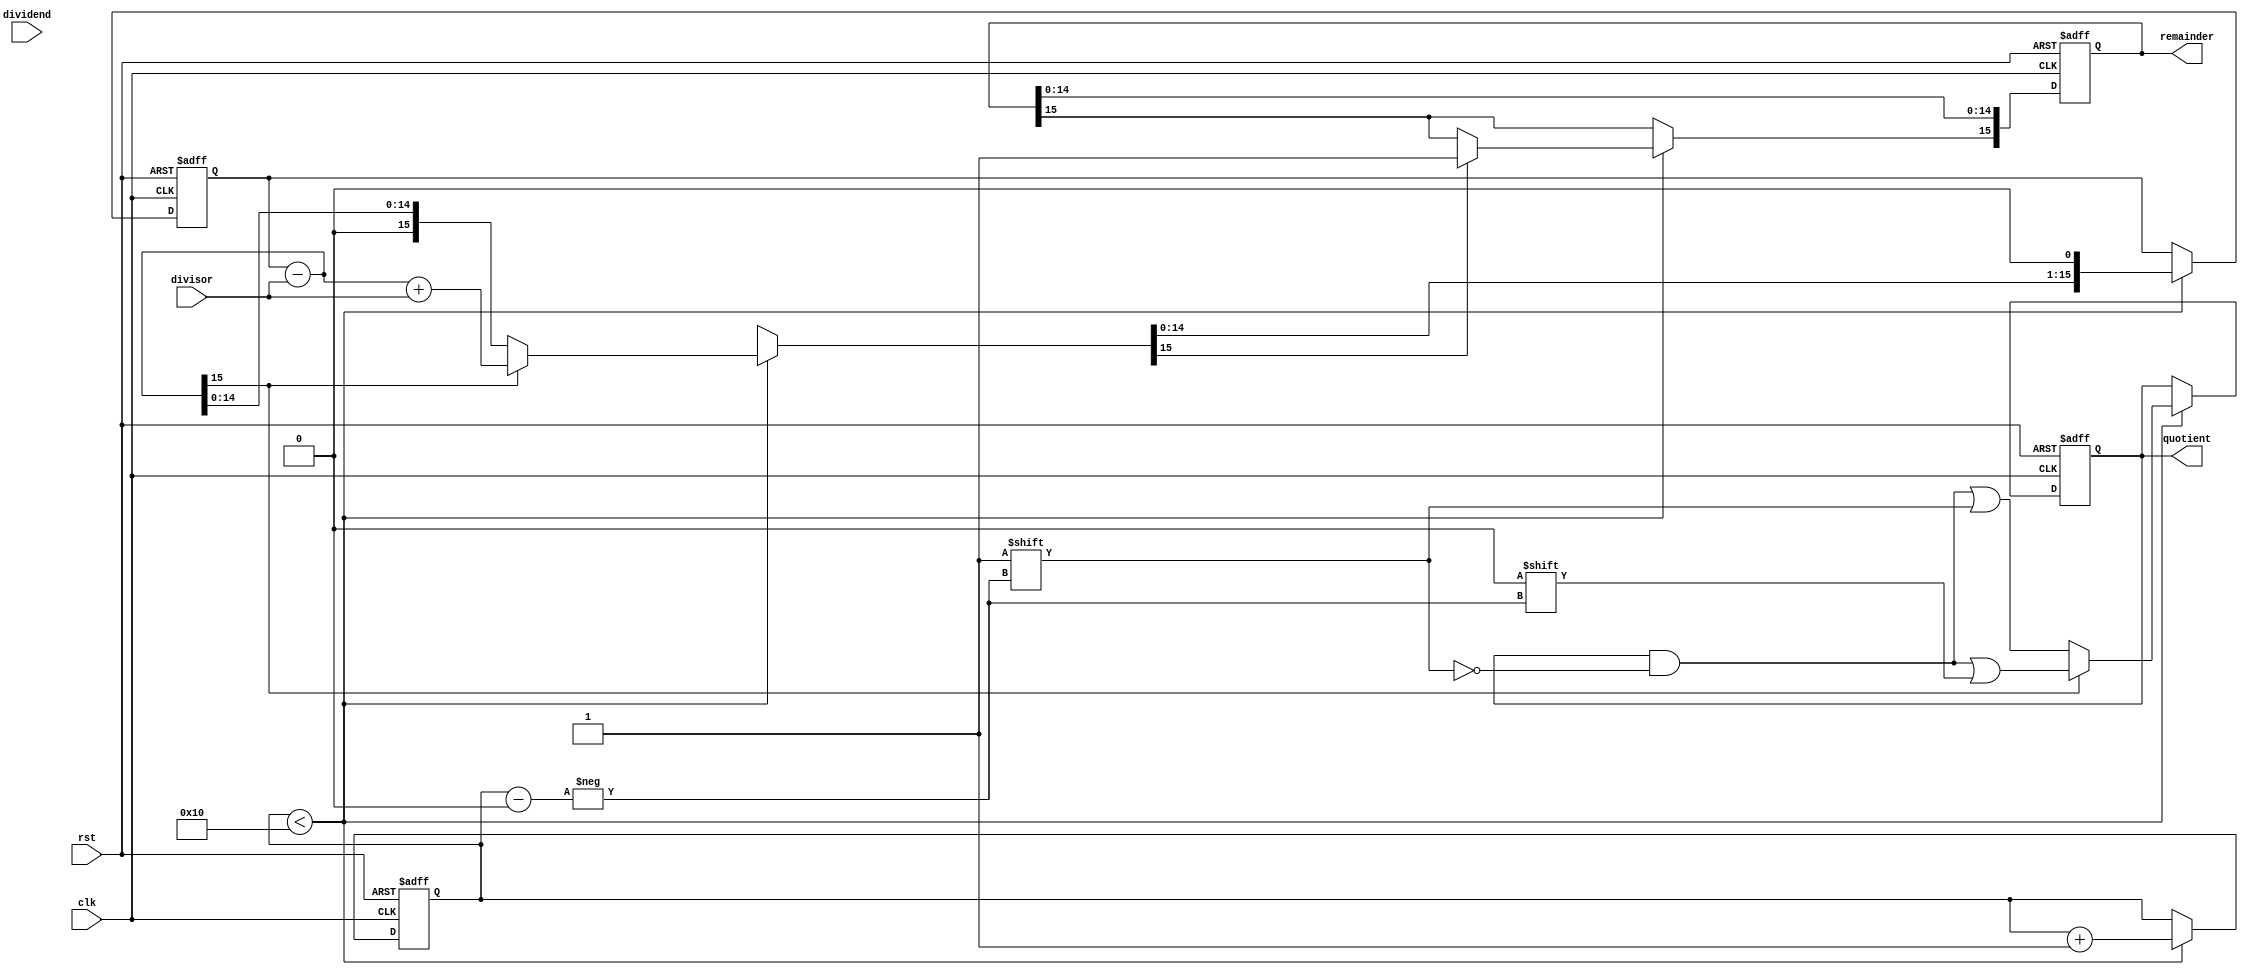
module non_restoring_divider(
  input wire clk,
  input wire rst,
  input wire [15:0] dividend,
  input wire [15:0] divisor,
  output reg [15:0] quotient,
  output reg [15:0] remainder
);

reg [15:0] accumulator;
reg [4:0] count;

always @(posedge clk or posedge rst) begin
  if (rst) begin
    accumulator <= 16'b0;
    quotient <= 16'b0;
    remainder <= 16'b0;
    count <= 5'b0;
  end else begin
    if (count < 5'd16) begin
      accumulator <= accumulator << 1;
      accumulator[0] <= dividend[15];
      accumulator = accumulator - divisor;
      
      if (accumulator[15] == 1) begin
        accumulator = accumulator + divisor;
        quotient[count] <= 1'b0;
      end else begin
        quotient[count] <= 1'b1;
      end
      
      if (accumulator[15] == 1) begin
        remainder[15] <= 1'b1;
      end
      accumulator <= accumulator << 1;
      count <= count + 1;
    end
  end
end

endmodule